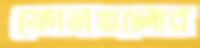
ফোনগুলোর